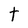
Character: t